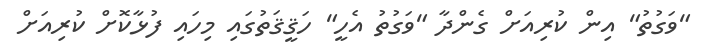
"ވަގުތު" އިން ކުރިއަށް ގެންދާ "ވަގުތު އެހީ" ހަޤީޤަތުގައި މިހައި ފުޅާކޮށް ކުރިއަށް